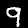
Digit: 9